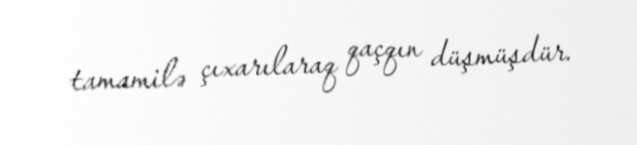
tamamilə çıxarılaraq qaçqın düşmüşdür.